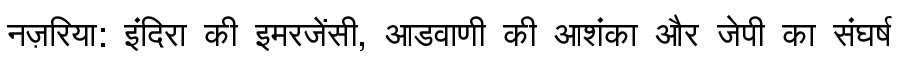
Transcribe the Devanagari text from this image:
नज़रिया: इंदिरा की इमरजेंसी, आडवाणी की आशंका और जेपी का संघर्ष